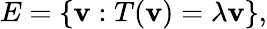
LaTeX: E=\left\{ \mathbf{v}:T(\mathbf{v})=\lambda\mathbf{v}\right\} ,